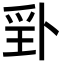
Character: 𭶬